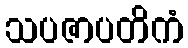
သပဇာပတိကံ